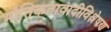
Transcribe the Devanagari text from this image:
भौतिकतावादीविश्लेषण